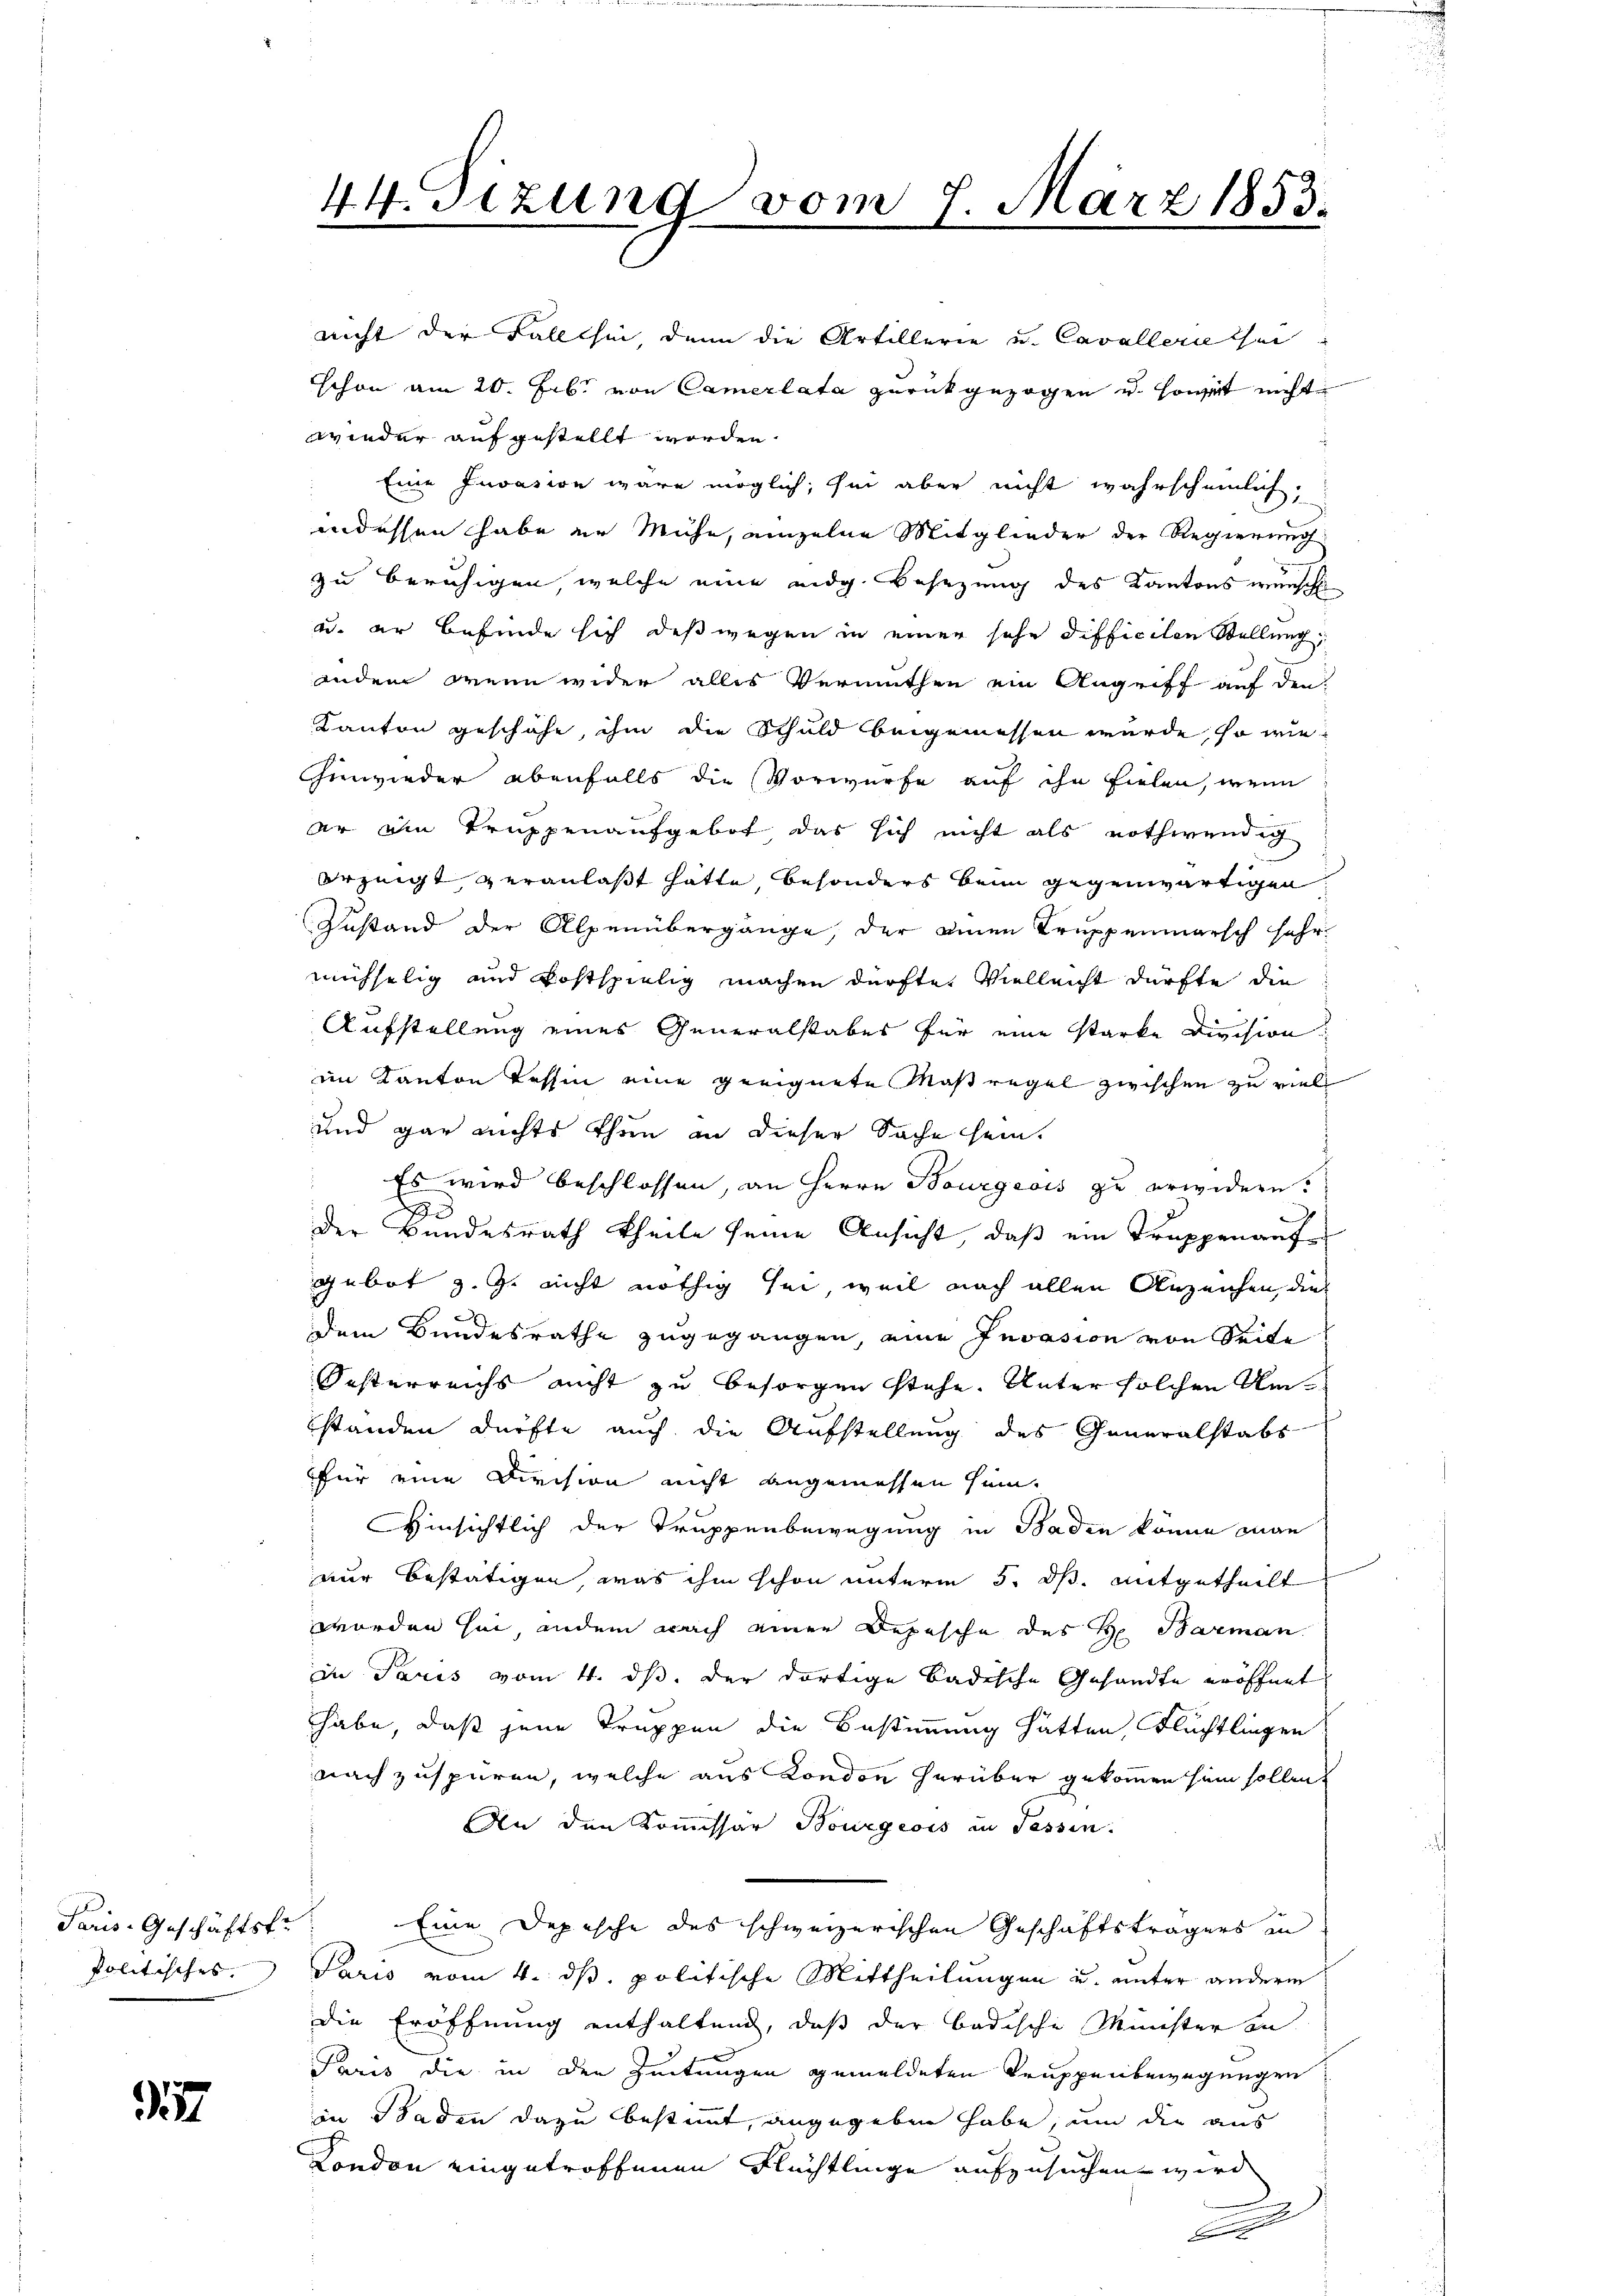
Paris-Geschäftsf
Politisches,

77

nicht der Fall sei, denn die Artillerie u. Cavallerie thei
schon am 20. Feb. von Camerlata zurückgezogen u. Horget nicht
wieder aufgestellt worden.
Eine Invasion wäre möglich, sei aber nicht wahrscheinlich,
indessen habe er Mühe, einzelne Mitglieder der Regierung
zu beruhigen welche eine eidg. Besezung des Kantons wünsch
u. er befinde sich deßwegen in einer sehe Difficilen Stellung,
inden wenn wider alles Vermuthen ein Angriff auf den
Kanton geschähe, ihm die Schuld beigemessen würde, so wiehinwieder ebenfalls die Vorwürfe auf ihn fielen, wenn
ar ain Truppenaufgebot das sich nicht als nothwendig
erzeigt veranlaßt hatte, besonders beim gegenwärtigen
Zustand der Alpenübergänge, der einen Truppenmarsch sehr
müchselig und kostspielig machen dürfte. Vielleicht dürfte die
Aufstellung eines Generalstabes für eine starke Division
im Kanton Tessin eine geeignete Maßregel zwischen zu viel
und gar nichts thun an dieser Sache sein.
Es wird beschlossen, an Herrn Bourgeois zu erwidern.
x
3
der Bundesrath theile seine Ansicht, daß ein Truppenante
gebot z. Z. nicht nöthig sei, weil nach allen Anzeichen dies
dem Bundesrathe zugegangen, eine Invasion von Seite
Festerreichs nicht zu besorgen stehe. Unter solchen Umstanden dürfte auch die Aufstellung des Generalstabs
für eine Division nicht angemessen sein.
Hinsichtlich der Truppenbewegung in Baden könne man
nur bestätigen, was ihm schon unterm 5. ds. mitgetheilt
worden sei, indem nach einer Depesche des H. Barman
in Paris vom 4. ds. der dortige Badische Gesandte eröffnet
habe, daß jene Truppen die Bestimmung hätten, Flüchtlingen
nachzuspüren, welche aus London herüber gekommen sein sollen,
An den Kommissar Bourgeois in Tessin.
Eine Depesche des schweizerischen Geschäftsträgers in
Paris vom 4. ds. politische Mittheilungen u. unter anderm
die Eröffnung enthaltend, daß der badische Minister an
Paris die in den Zeitungen gemeldeten Truppenbewegungen
an Baden dazu bestimmt, angegeben habe, um die aus
London eingetroffenen Flüchtlinge aufzusuchen wird
u
F

44. Sezung vom 7. März 1853.